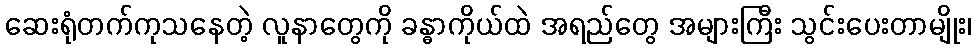
ဆေးရုံတက်ကုသနေတဲ့ လူနာတွေကို ခန္ဓာကိုယ်ထဲ အရည်တွေ အများကြီး သွင်းပေးတာမျိုး၊